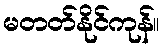
မတတ်နိုင်ကုန်။